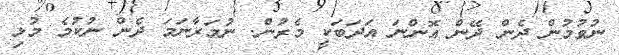
ނުވުމުން ދެން ދޭން އޮންނަ އަދަބަކީ މެރުން. ނުމަރާނަމަ ދެން ނުކުމެ މުޅި